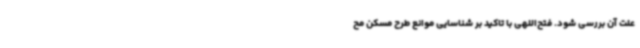
علت آن بررسی شود. فتح‌اللهی با تاکید بر شناسایی موانع طرح مسکن مح